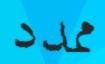
ممدد